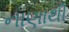
નાણાથી